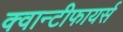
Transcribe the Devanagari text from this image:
क्वान्टीफायर्स